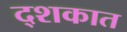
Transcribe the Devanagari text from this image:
द्शकात